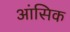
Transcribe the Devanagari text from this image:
आंसिक